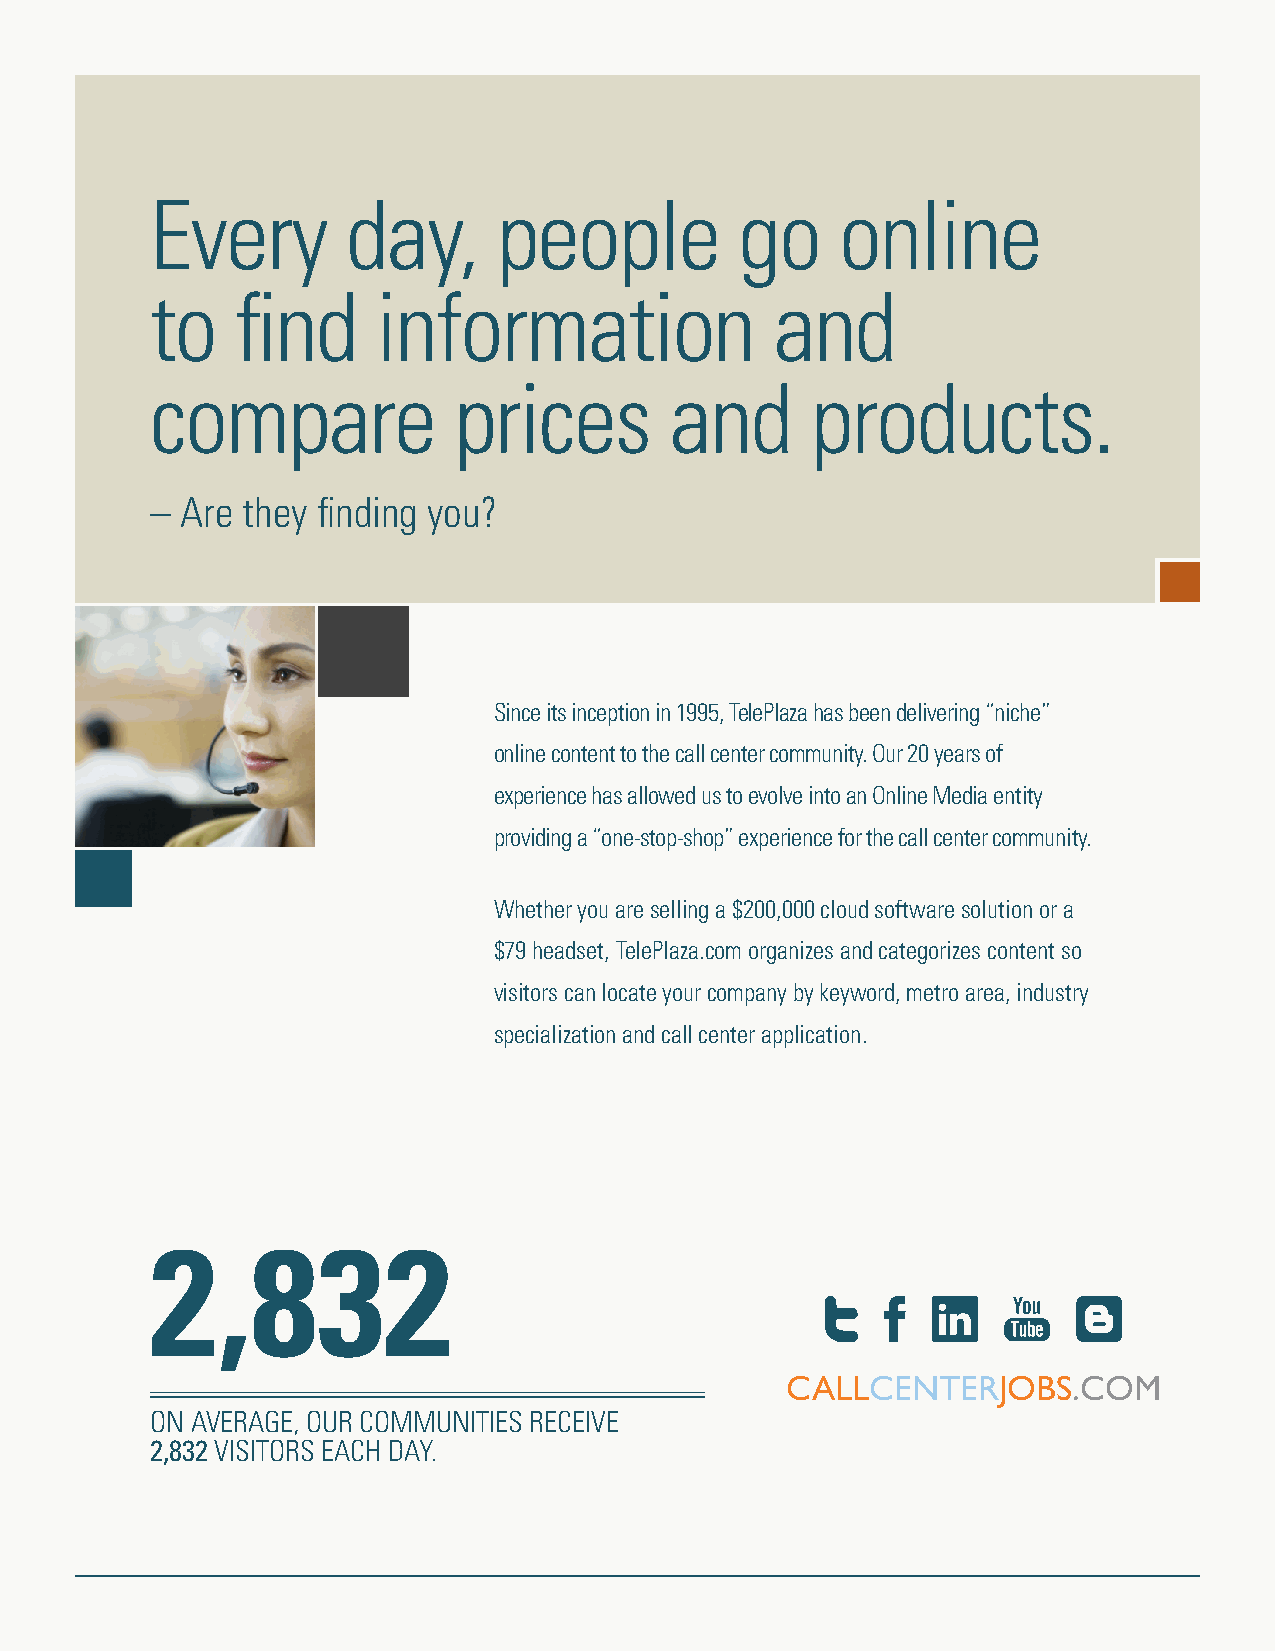
Every        day,      people          go     online
 to    find     information               and
 compare             prices        and       products.
 – Are they finding you?
 Since its inception in 1995, TelePlaza has been delivering “niche”
 online content to the call center community. Our 20 years of
 experience has allowed us to evolve into an Online Media entity
 providing a “one-stop-shop” experience for the call center community.
 Whether you are selling a $200,000 cloud software solution or a
 $79 headset, TelePlaza.com organizes and categorizes content so
 visitors can locate your company by keyword, metro area, industry
 specialization and call center application.
 2,832
 CALLCENTERJOBS.COM
 ON AVERAGE, OUR COMMUNITIES RECEIVE
 2,832 VISITORS EACH DAY.